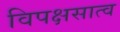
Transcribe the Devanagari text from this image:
विपक्षसात्व